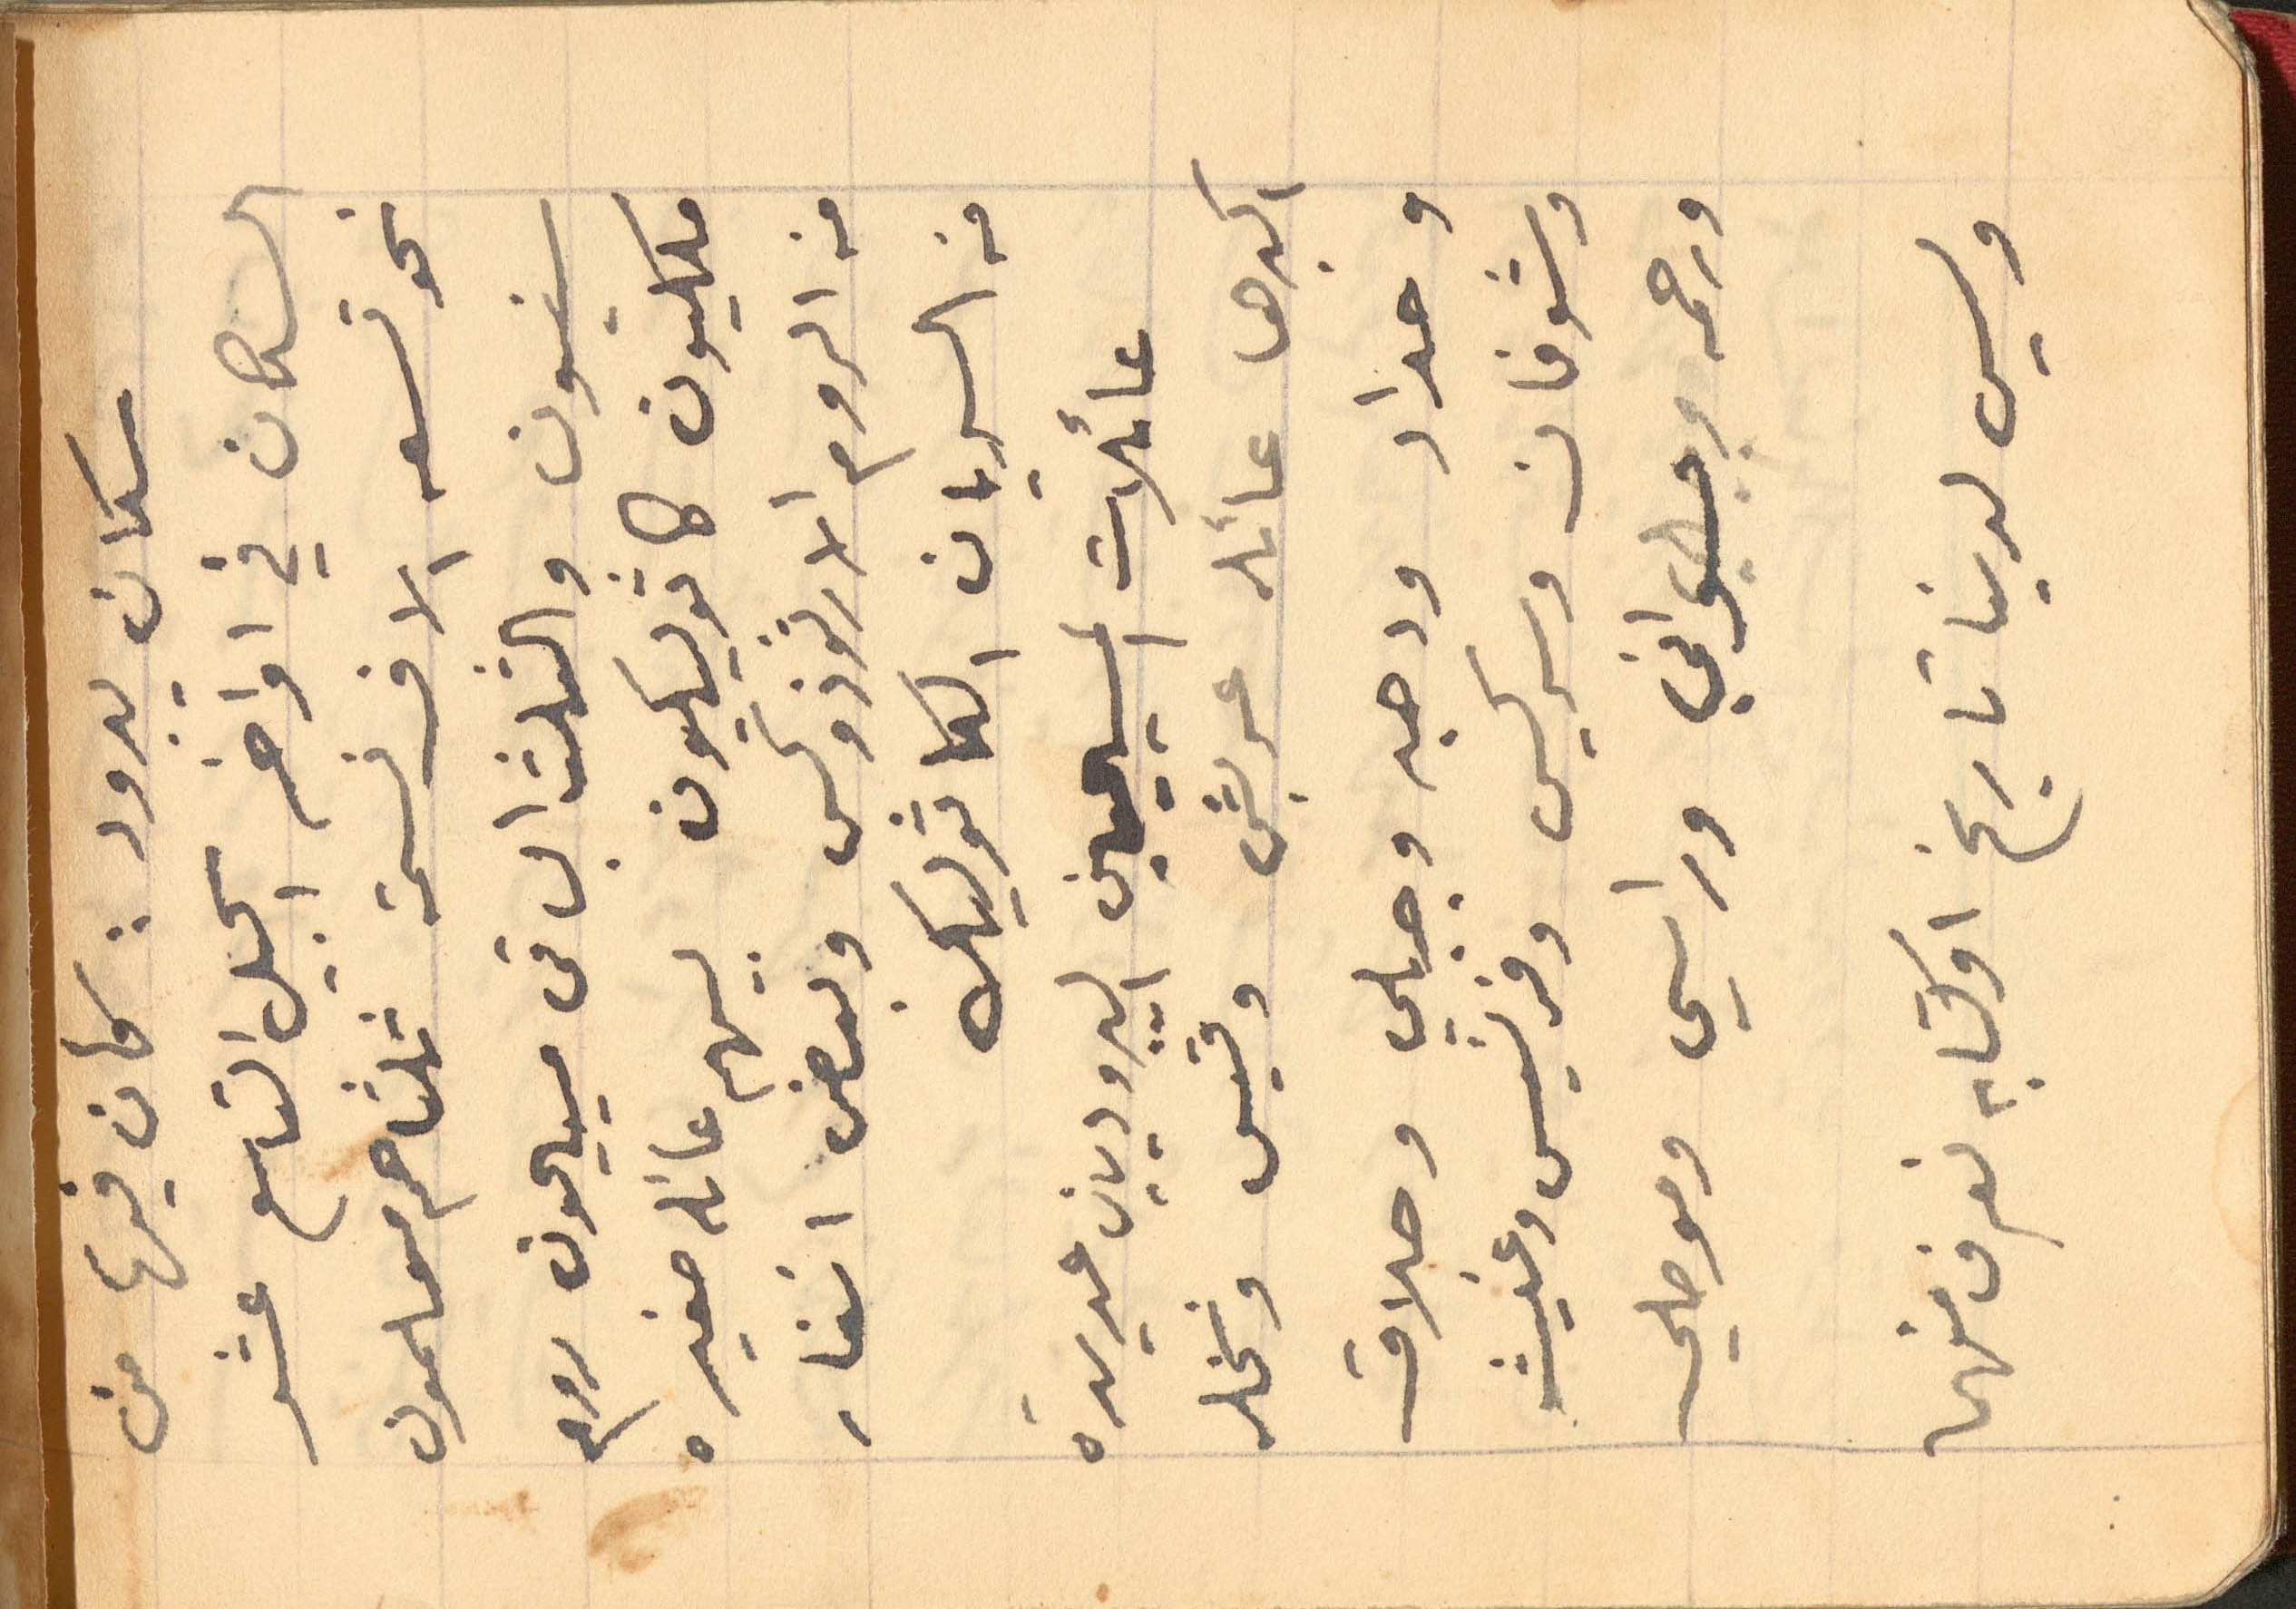
سكان يبرود: كان فيها من
السكان في اواخر الجيل التاسع عشر
نحو تسعه الاف نسمة ثلثاهم مسلمون
سنيون والثلث الباقى مسيحيون روم
ملكيون كاثوليكيون بيهم عائله صغيره
من الروم الارثوذوكس وبعض انفار
من السريان الكاثوليك
عائلات المسيحيين اليبروديين عديدة
اكبرها عائله عربش وقسيس ونخله
وحداد ودهبه وجبلي وحلاق
وشوفان وسركيس وفرنسيس وغيث
ورحمه وحسواني وراسي وموصلي
وليس لدينا تاريخ او كتابه نعرف منهما